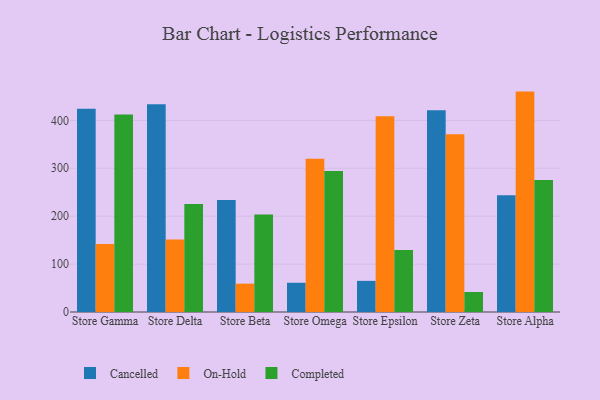
{"axis": {"x": "Store", "y": "Conversion Rate (%)"}, "legend": ["Cancelled", "Completed", "On-Hold"], "data": [{"x": "Store Gamma", "y": 424.5, "type": "Cancelled"}, {"x": "Store Gamma", "y": 142.0, "type": "On-Hold"}, {"x": "Store Gamma", "y": 412.3, "type": "Completed"}, {"x": "Store Delta", "y": 433.7, "type": "Cancelled"}, {"x": "Store Delta", "y": 151.5, "type": "On-Hold"}, {"x": "Store Delta", "y": 225.3, "type": "Completed"}, {"x": "Store Beta", "y": 233.6, "type": "Cancelled"}, {"x": "Store Beta", "y": 59.2, "type": "On-Hold"}, {"x": "Store Beta", "y": 203.3, "type": "Completed"}, {"x": "Store Omega", "y": 61.0, "type": "Cancelled"}, {"x": "Store Omega", "y": 319.7, "type": "On-Hold"}, {"x": "Store Omega", "y": 294.1, "type": "Completed"}, {"x": "Store Epsilon", "y": 65.0, "type": "Cancelled"}, {"x": "Store Epsilon", "y": 408.5, "type": "On-Hold"}, {"x": "Store Epsilon", "y": 129.6, "type": "Completed"}, {"x": "Store Zeta", "y": 421.2, "type": "Cancelled"}, {"x": "Store Zeta", "y": 371.1, "type": "On-Hold"}, {"x": "Store Zeta", "y": 41.8, "type": "Completed"}, {"x": "Store Alpha", "y": 243.7, "type": "Cancelled"}, {"x": "Store Alpha", "y": 460.1, "type": "On-Hold"}, {"x": "Store Alpha", "y": 275.5, "type": "Completed"}]}